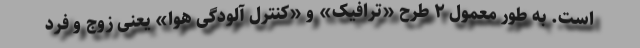
است. به طور معمول ۲ طرح «ترافیک» و «کنترل آلودگی هوا» یعنی زوج و فرد